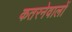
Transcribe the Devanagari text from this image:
कतरनेवालों